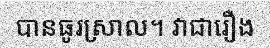
បានធូរស្រាល។ វាជារឿង